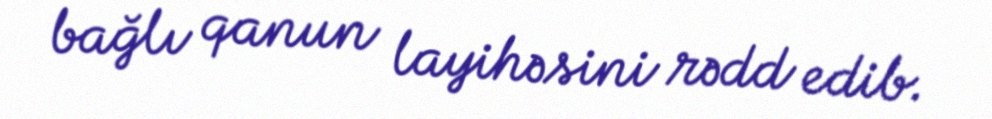
bağlı qanun layihəsini rədd edib.